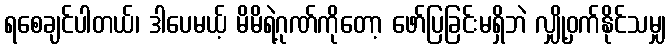
ရစေချင်ပါတယ်၊ ဒါပေမယ့် မိမိရဲ့ဂုဏ်ကိုတော့ ဖော်ပြခြင်းမရှိဘဲ လျှို့ဝှက်နိုင်သမျှ